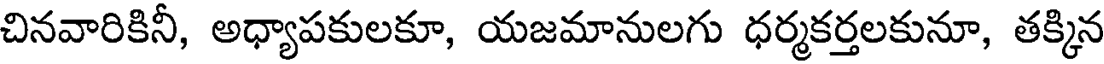
చినవారికినీ, అధ్యాపకులకూ, యజమానులగు ధర్మకర్తలకునూ, తక్కిన